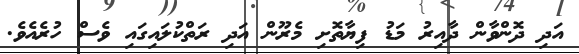
އަދި ދޮންވާން ދާއިރު މަޑު ފިޔާތޮށި މެރޫން އަދި ރަތްކުލައިގައި ވެސް ހުރެއެވެ.